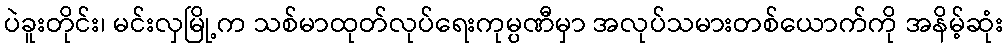
ပဲခူးတိုင်း၊ မင်းလှမြို့က သစ်မာထုတ်လုပ်ရေးကုမ္ပဏီမှာ အလုပ်သမားတစ်ယောက်ကို အနိမ့်ဆုံး